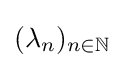
(\lambda _{n})_{n\in \mathbb {N} }